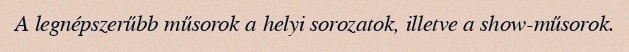
A legnépszerűbb műsorok a helyi sorozatok, illetve a show-műsorok.